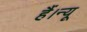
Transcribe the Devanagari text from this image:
हैं।न्यू